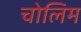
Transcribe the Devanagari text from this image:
चोलिम